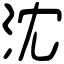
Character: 沈